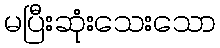
မပြီးဆုံးသေးသော